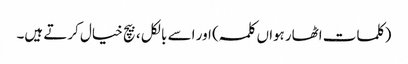
(کلمات اٹھارہواں کلمہ ) اور اسے بالکل ، بیچ خیال کرتے ہیں۔